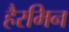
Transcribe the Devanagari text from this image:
हैरमिन